Leaving Certificate Examination (including Day School Certificate (Higher) General paper), 1926
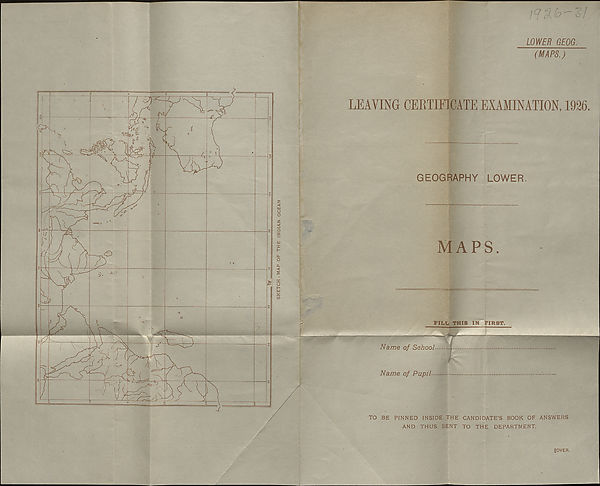
Ordnance Survey. 1926.
CONTOUR REFERENCE
«5=